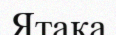
Ятака